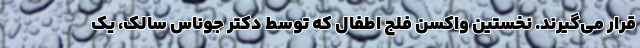
قرار می‌گیرند. نخستین واکسنِ فلج اطفال که توسطِ دکتر جوناس سالک، یک